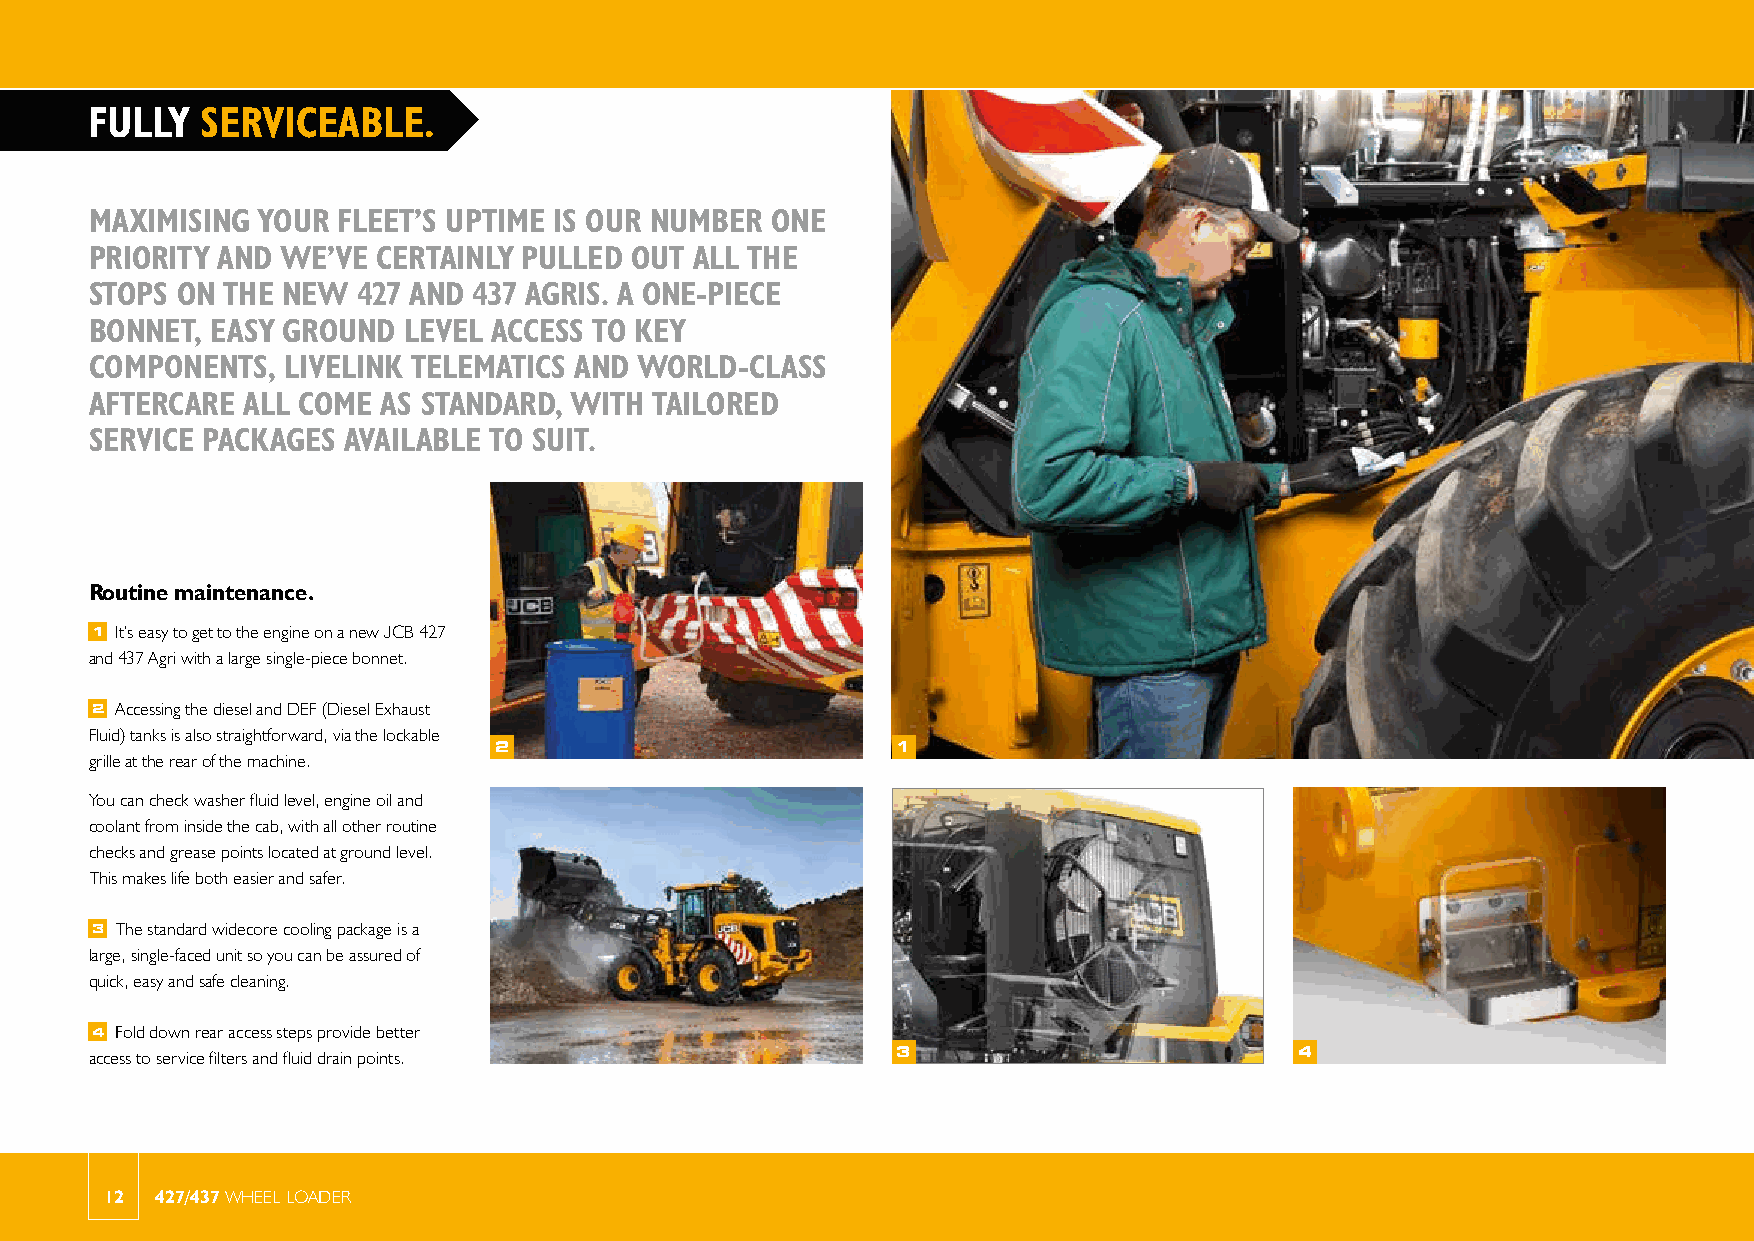
FULLY  SERVICEABLE.
 MAXIMISING YOUR FLEET’S UPTIME IS OUR NUMBER ONE
 PRIORITY AND WE’VE CERTAINLY PULLED OUT ALL THE
 STOPS ON THE NEW  427 AND 437 AGRIS. A ONE-PIECE
 BONNET, EASY GROUND  LEVEL ACCESS TO KEY
 COMPONENTS,  LIVELINK TELEMATICS AND WORLD-CLASS
 AFTERCARE ALL COME AS STANDARD, WITH TAILORED
 SERVICE PACKAGES AVAILABLE TO SUIT.
 Routine maintenance.
 1 It’s easy to get to the engine on a new JCB 427
 and 437 Agri with a large single-piece bonnet.
 2 Accessing the diesel and DEF (Diesel Exhaust
 Fluid) tanks is also straightforward, via the lockable
 2                         1
 grille at the rear of the machine.
 You can check washer fluid level, engine oil and
 coolant from inside the cab, with all other routine
 checks and grease points located at ground level.
 This makes life both easier and safer.
 3 The standard widecore cooling package is a
 large, single-faced unit so you can be assured of
 quick, easy and safe cleaning.
 4 Fold down rear access steps provide better
 access to service filters and fluid drain points.    3                          4
 12 427/437 WHEEL LOADER